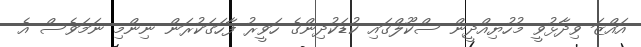
އައްޒަ ވިދާޅުވީ މުހުޔިއްދީން ސްކޫލްގައި ކުޑަކުދިންގެ ހަވީރު ފާހަގަކުރަން ނިންމި ނަމަވެސް އެ